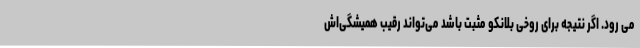
می رود. اگر نتیجه برای روخی بلانکو مثبت باشد می‌تواند رقیب همیشگی‌اش